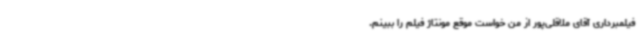
فیلمبرداری آقای ملاقلی‌پور از من خواست موقع مونتاژ فیلم را ببینم.